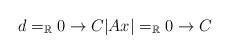
LaTeX: \begin{align*}d=_\mathbb{R}0\to C\vert Ax\vert =_\mathbb{R}0\to C\end{align*}